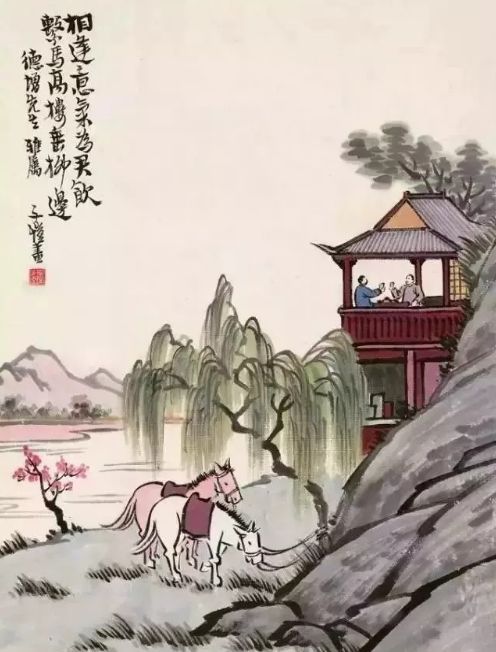
春风尔来为阿谁，蝴蝶忽然满芳草。